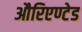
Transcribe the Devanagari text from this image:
औरिएण्टेड